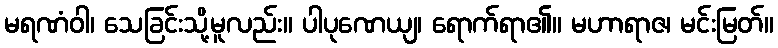
မရဏံဝါ၊ သေခြင်းသို့မူလည်း။ ပါပုဏေယျ၊ ရောက်ရာ၏။ မဟာရာဇ၊ မင်းမြတ်။